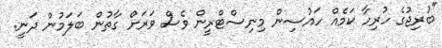
"ބުރިޖުގެ ހުރިހާ ކަމެއް ހައުސިން މިނިސްޓްރީން ވެސް ވަރަށް ގާތުން ބަލަމުން ދަނީ.